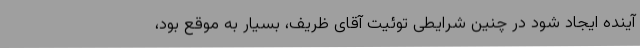
آینده ایجاد شود در چنین شرایطی توئیت آقای ظریف، بسیار به موقع بود،